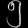
Digit: ၅